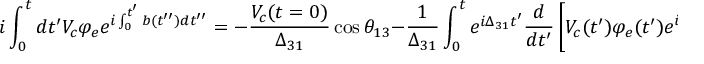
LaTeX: i \int _ { 0 } ^ { t } d t ^ { \prime } V _ { c } \varphi _ { e } e ^ { i \int _ { 0 } ^ { t ^ { \prime } } b ( t ^ { \prime \prime } ) d t ^ { \prime \prime } } = - \frac { V _ { c } ( t = 0 ) } { \Delta _ { 3 1 } } \cos { \theta _ { 1 3 } } - \frac { 1 } { \Delta _ { 3 1 } } \int _ { 0 } ^ { t } e ^ { i \Delta _ { 3 1 } t ^ { \prime } } \frac { d } { d t ^ { \prime } } \left[ V _ { c } ( t ^ { \prime } ) \varphi _ { e } ( t ^ { \prime } ) e ^ { i \int _ { 0 } ^ { t ^ { \prime } } \epsilon ( t ^ { \prime \prime } ) d t ^ { \prime \prime } } \right]